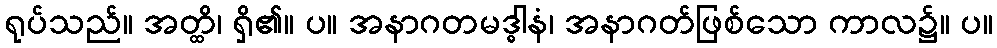
ရုပ်သည်။ အတ္ထိ၊ ရှိ၏။ ပ။ အနာဂတမဒ္ဓါနံ၊ အနာဂတ်ဖြစ်သော ကာလ၌။ ပ။